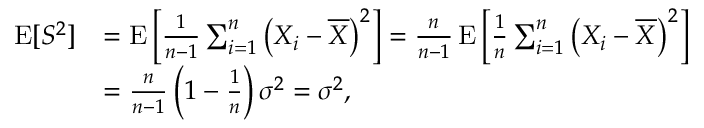
{ \begin{array} { r l } { \operatorname { E } [ S ^ { 2 } ] } & { = \operatorname { E } \left[ { \frac { 1 } { n - 1 } } \sum _ { i = 1 } ^ { n } { \big ( } X _ { i } - { \overline { { X } } } { \big ) } ^ { 2 } \right] = { \frac { n } { n - 1 } } \operatorname { E } \left[ { \frac { 1 } { n } } \sum _ { i = 1 } ^ { n } { \big ( } X _ { i } - { \overline { { X } } } { \big ) } ^ { 2 } \right] } \\ & { = { \frac { n } { n - 1 } } \left( 1 - { \frac { 1 } { n } } \right) \sigma ^ { 2 } = \sigma ^ { 2 } , } \end{array} }